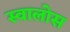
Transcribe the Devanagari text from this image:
स्वालोस